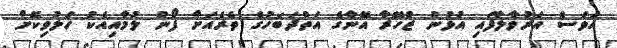
އަވަސް އަރުވާލާފައި އުޅުނު ޒުހޭރާ އޭނާގެ އަތްދަބަހުގެ ތެރެއަށް ފޯނު ލުމާއިއެކު ހަލުވިކޮށް